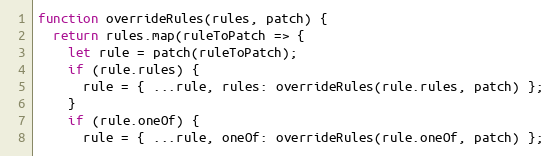
Language: JavaScript
function overrideRules(rules, patch) {
  return rules.map(ruleToPatch => {
    let rule = patch(ruleToPatch);
    if (rule.rules) {
      rule = { ...rule, rules: overrideRules(rule.rules, patch) };
    }
    if (rule.oneOf) {
      rule = { ...rule, oneOf: overrideRules(rule.oneOf, patch) };